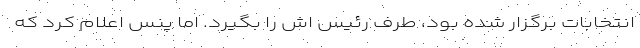
انتخابات برگزار شده بود، طرف رئیس اش را بگیرد. اما پنس اعلام کرد که